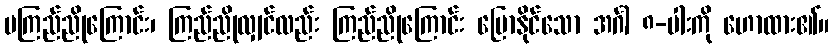
မကြည်ညိုကြောင်း၊ ကြည်ညိုလျှင်လည်း ကြည်ညိုကြောင်း ပြောနိုင်သော အင်္ဂါ ၈-ပါးကို ဟောထား၏။